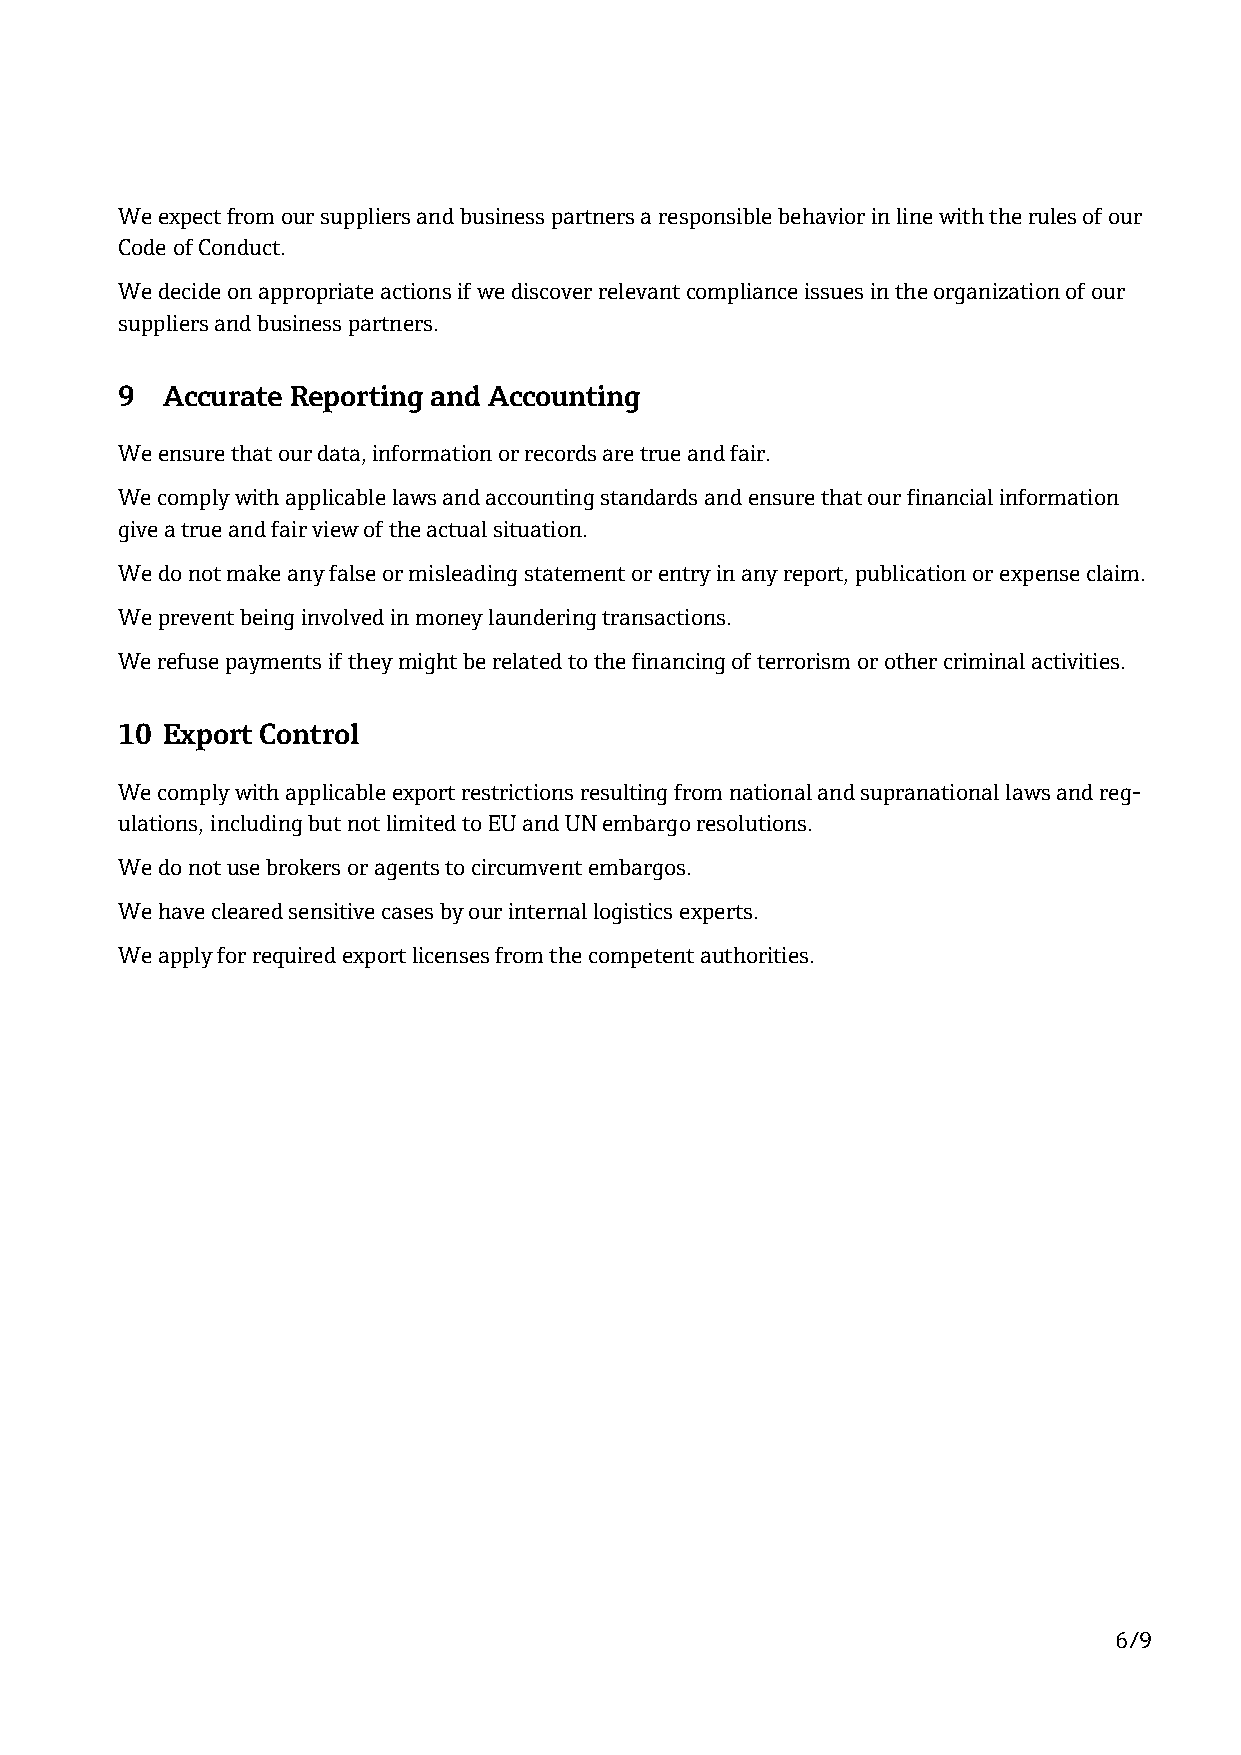
We expect from our suppliers and business partners a responsible behavior in line with the rules of our
 Code of Conduct.
 We decide on appropriate actions if we discover relevant compliance issues in the organization of our
 suppliers and business partners.
 9  Accurate Reporting and Accounting
 We ensure that our data, information or records are true and fair.
 We comply with applicable laws and accounting standards and ensure that our financial information
 give a true and fair view of the actual situation.
 We do not make any false or misleading statement or entry in any report, publication or expense claim.
 We prevent being involved in money laundering transactions.
 We refuse payments if they might be related to the financing of terrorism or other criminal activities.
 10 Export Control
 We comply with applicable export restrictions resulting from national and supranational laws and reg-
 ulations, including but not limited to EU and UN embargo resolutions.
 We do not use brokers or agents to circumvent embargos.
 We have cleared sensitive cases by our internal logistics experts.
 We apply for required export licenses from the competent authorities.
 6/9